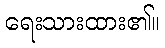
ရေးသားထား၏။